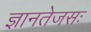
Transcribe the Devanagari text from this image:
ज्ञानतेजसः